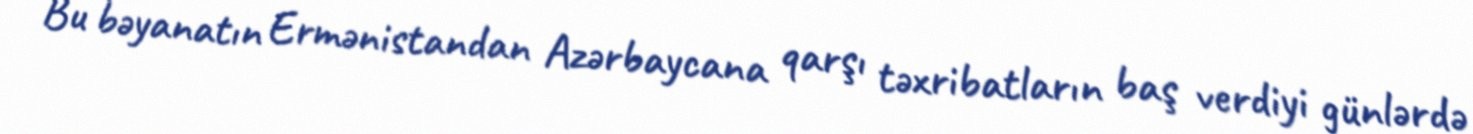
Bu bəyanatın Ermənistandan Azərbaycana qarşı təxribatların baş verdiyi günlərdə